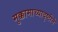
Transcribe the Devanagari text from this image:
मुक्कामाच्यादृष्टीने